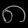
Digit: ၈